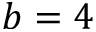
b = 4